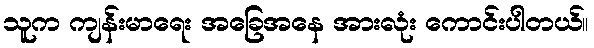
သူက ကျန်းမာရေး အခြေအနေ အားလုံး ကောင်းပါတယ်။